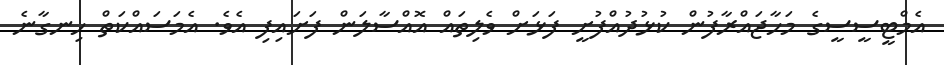
އެމްޓީސީސީގެ މަހާޖައްރާފުން ކުޅުދުއްފުށީ ފަޅަށް ވެލިތައް އޮއްސާލަން ފަށައިފި އެވެ. އެމަސައްކަތް ހިނގާނެ